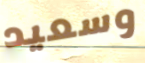
وسعيد